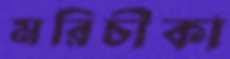
মরিচীকা